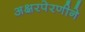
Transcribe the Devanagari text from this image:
अक्षरपेरणीने